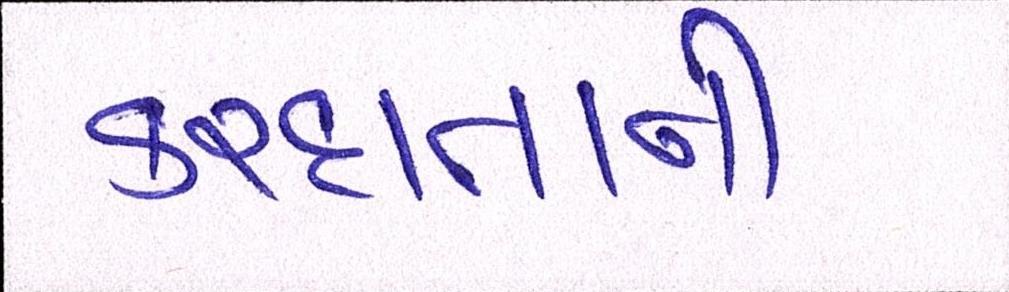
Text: કરદાતાની